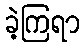
ခဲ့ကြရာ